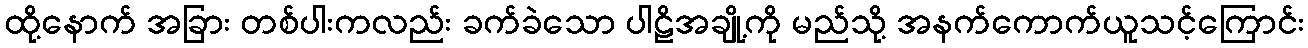
ထို့နောက် အခြား တစ်ပါးကလည်း ခက်ခဲသော ပါဠိအချို့ကို မည်သို့ အနက်ကောက်ယူသင့်ကြောင်း